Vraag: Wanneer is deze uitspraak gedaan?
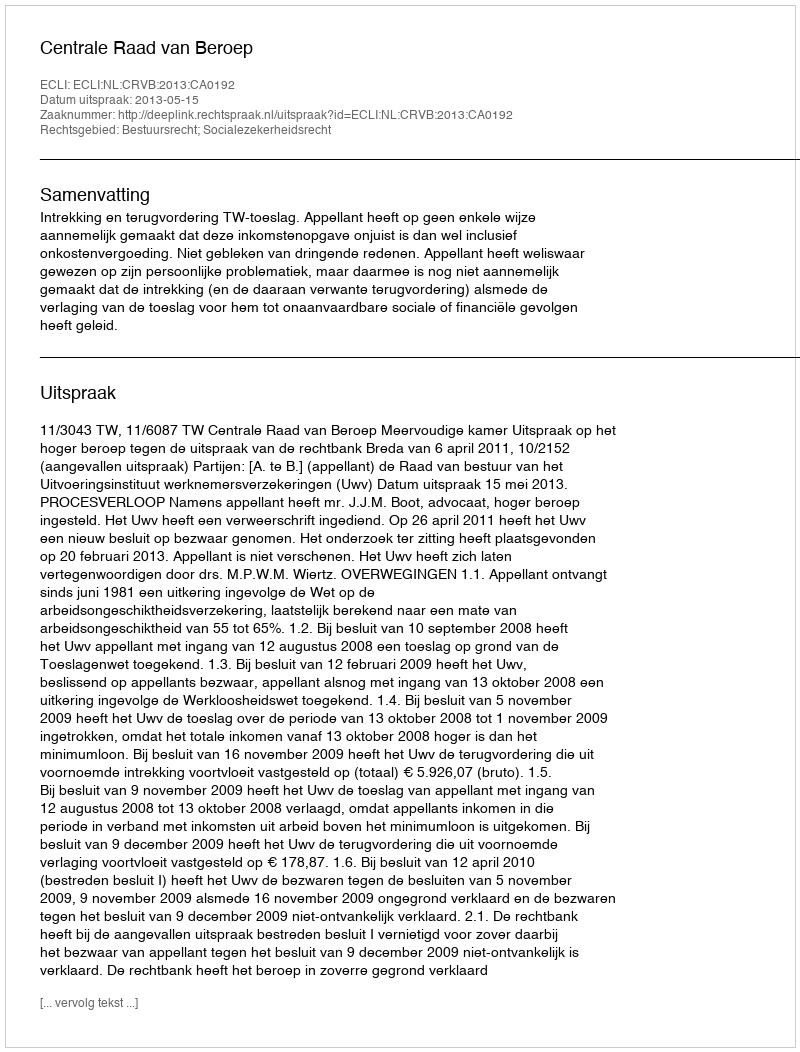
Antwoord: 2013-05-15